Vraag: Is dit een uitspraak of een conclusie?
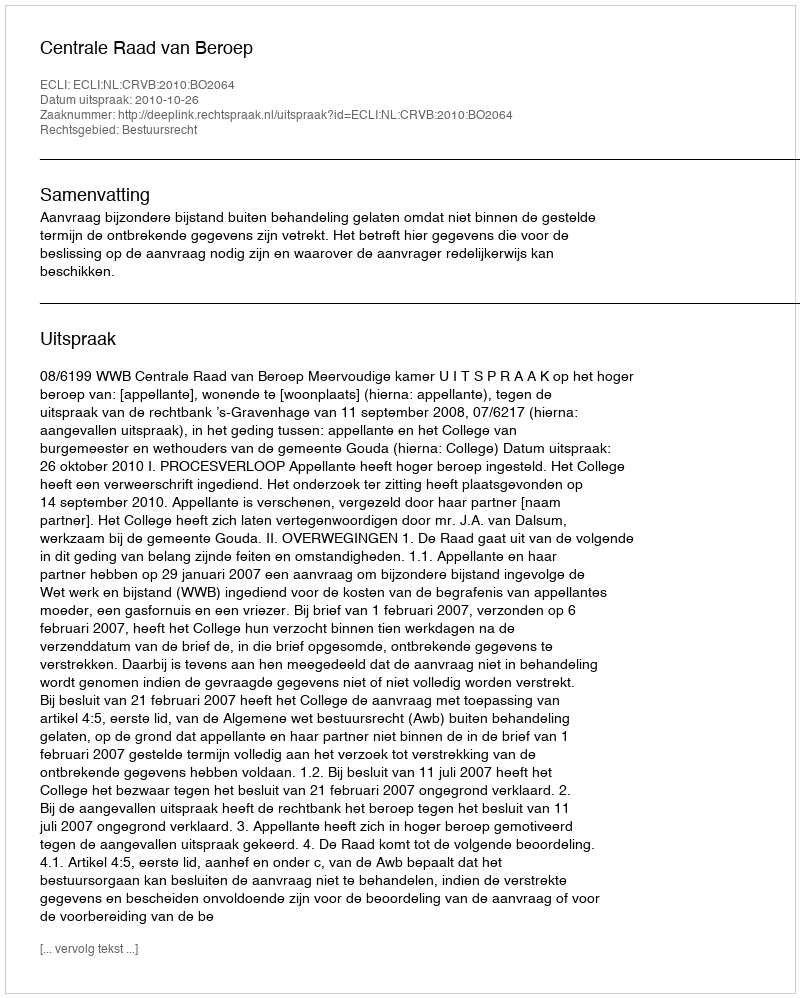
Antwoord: Uitspraak